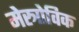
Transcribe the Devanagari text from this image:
मेस्त्रोविक